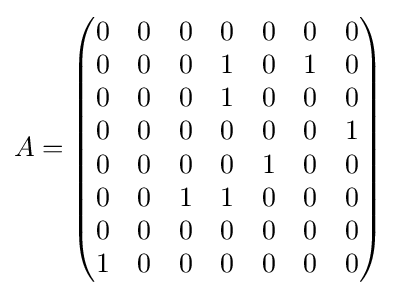
A={\begin{pmatrix}0&0&0&0&0&0&0\\0&0&0&1&0&1&0\\0&0&0&1&0&0&0\\0&0&0&0&0&0&1\\0&0&0&0&1&0&0\\0&0&1&1&0&0&0\\0&0&0&0&0&0&0\\1&0&0&0&0&0&0\\\end{pmatrix}}